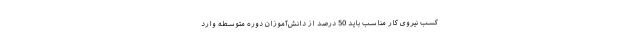
کسب نیروی کار مناسب باید 50 درصد از دانش‌آموزان دوره متوسطه وارد